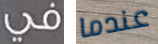
في عندما